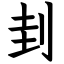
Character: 刲